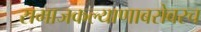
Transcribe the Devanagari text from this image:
समाजकल्याणाबरोबरच